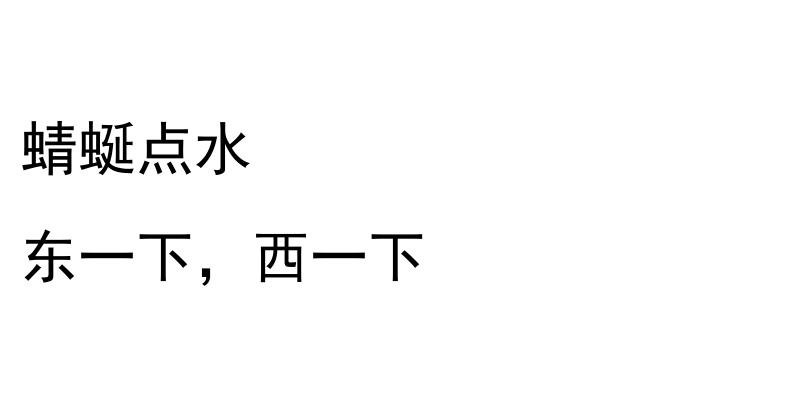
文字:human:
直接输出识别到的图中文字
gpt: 蜻蜒点水 东一下，西一下